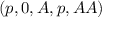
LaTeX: ( p , 0 , A , p , A A )